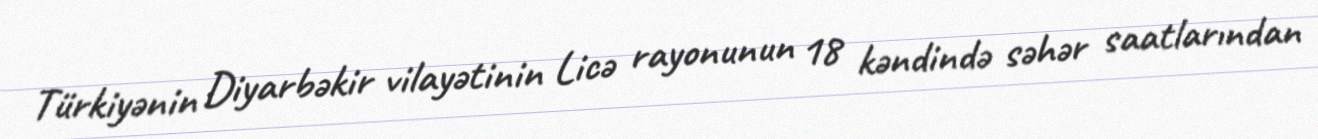
Türkiyənin Diyarbəkir vilayətinin Licə rayonunun 18 kəndində səhər saatlarından